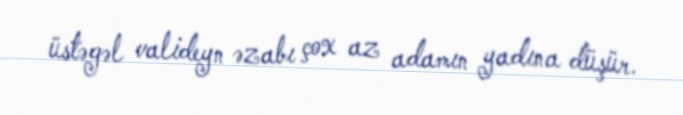
üstəgəl valideyn əzabı çox az adamın yadına düşür.